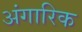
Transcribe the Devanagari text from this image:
अंगारिक